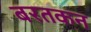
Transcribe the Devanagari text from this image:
बरतकन